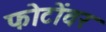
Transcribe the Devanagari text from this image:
फोटोंवर